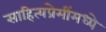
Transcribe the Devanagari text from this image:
साहित्यप्रेमींमध्ये